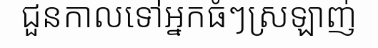
ជួនកាលទៅអ្នកធំៗស្រឡាញ់